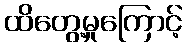
ထိတွေ့မှုကြောင့်